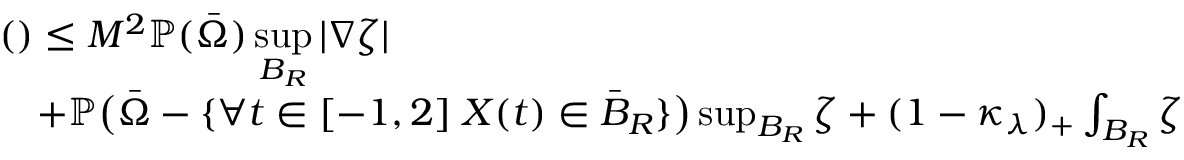
\begin{array} { r l } { \lefteqn { \mathrm { ( ) } \le M ^ { 2 } \mathbb { P } ( \bar { \Omega } ) \operatorname* { s u p } _ { B _ { R } } | \nabla \zeta | } } \\ & { + \mathbb { P } \big ( \bar { \Omega } - \{ \forall t \in [ - 1 , 2 ] \; X ( t ) \in \bar { B } _ { R } \} \big ) \operatorname* { s u p } _ { B _ { R } } \zeta + ( 1 - \kappa _ { \lambda } ) _ { + } \int _ { B _ { R } } \zeta } \end{array}